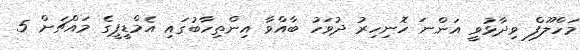
މަހްލޫފް ވިދާޅުވީ އަންނަ ހޮނިހިރު ދުވަހު ބާއްވާ އިންތިހާބުގައި އެމްޑީޕީގެ މައްޗަށް 5